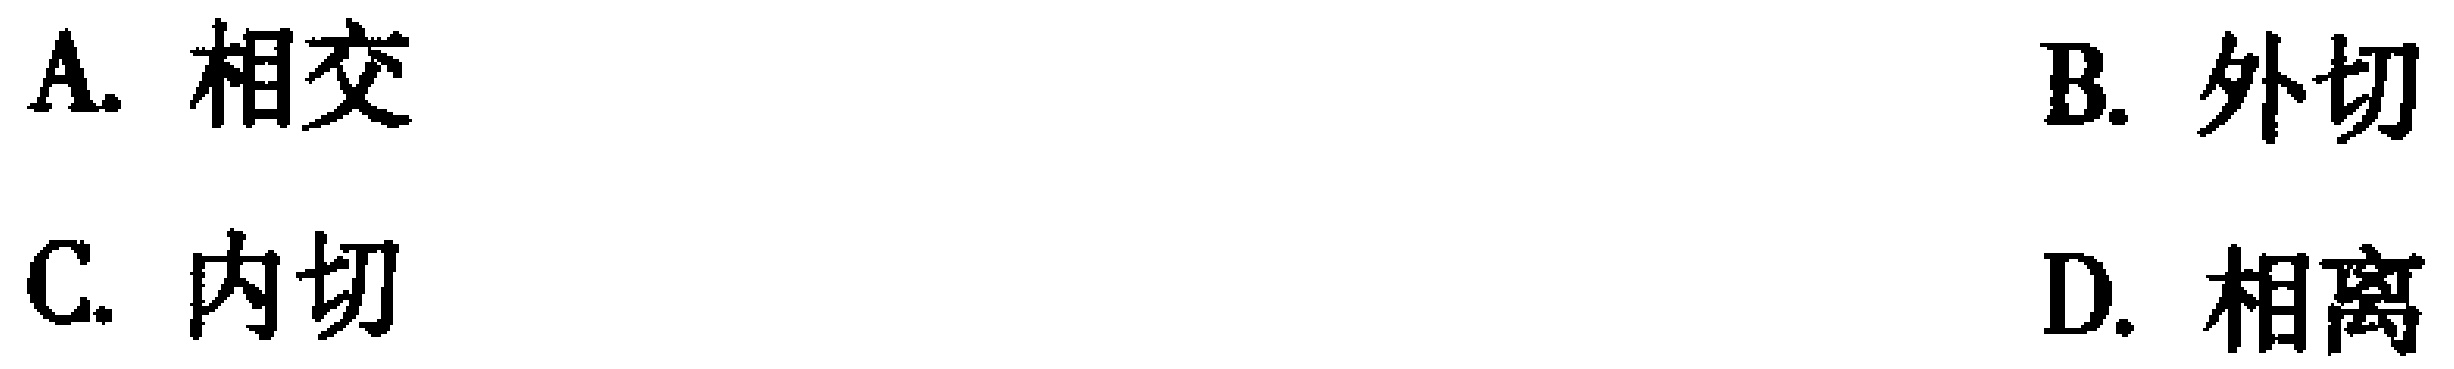
A. 相交
B. 外切
C. 内切
D. 相离